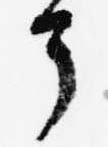
了